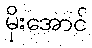
မိုးအောင်